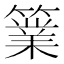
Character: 𥴼